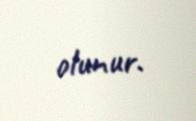
olunur.